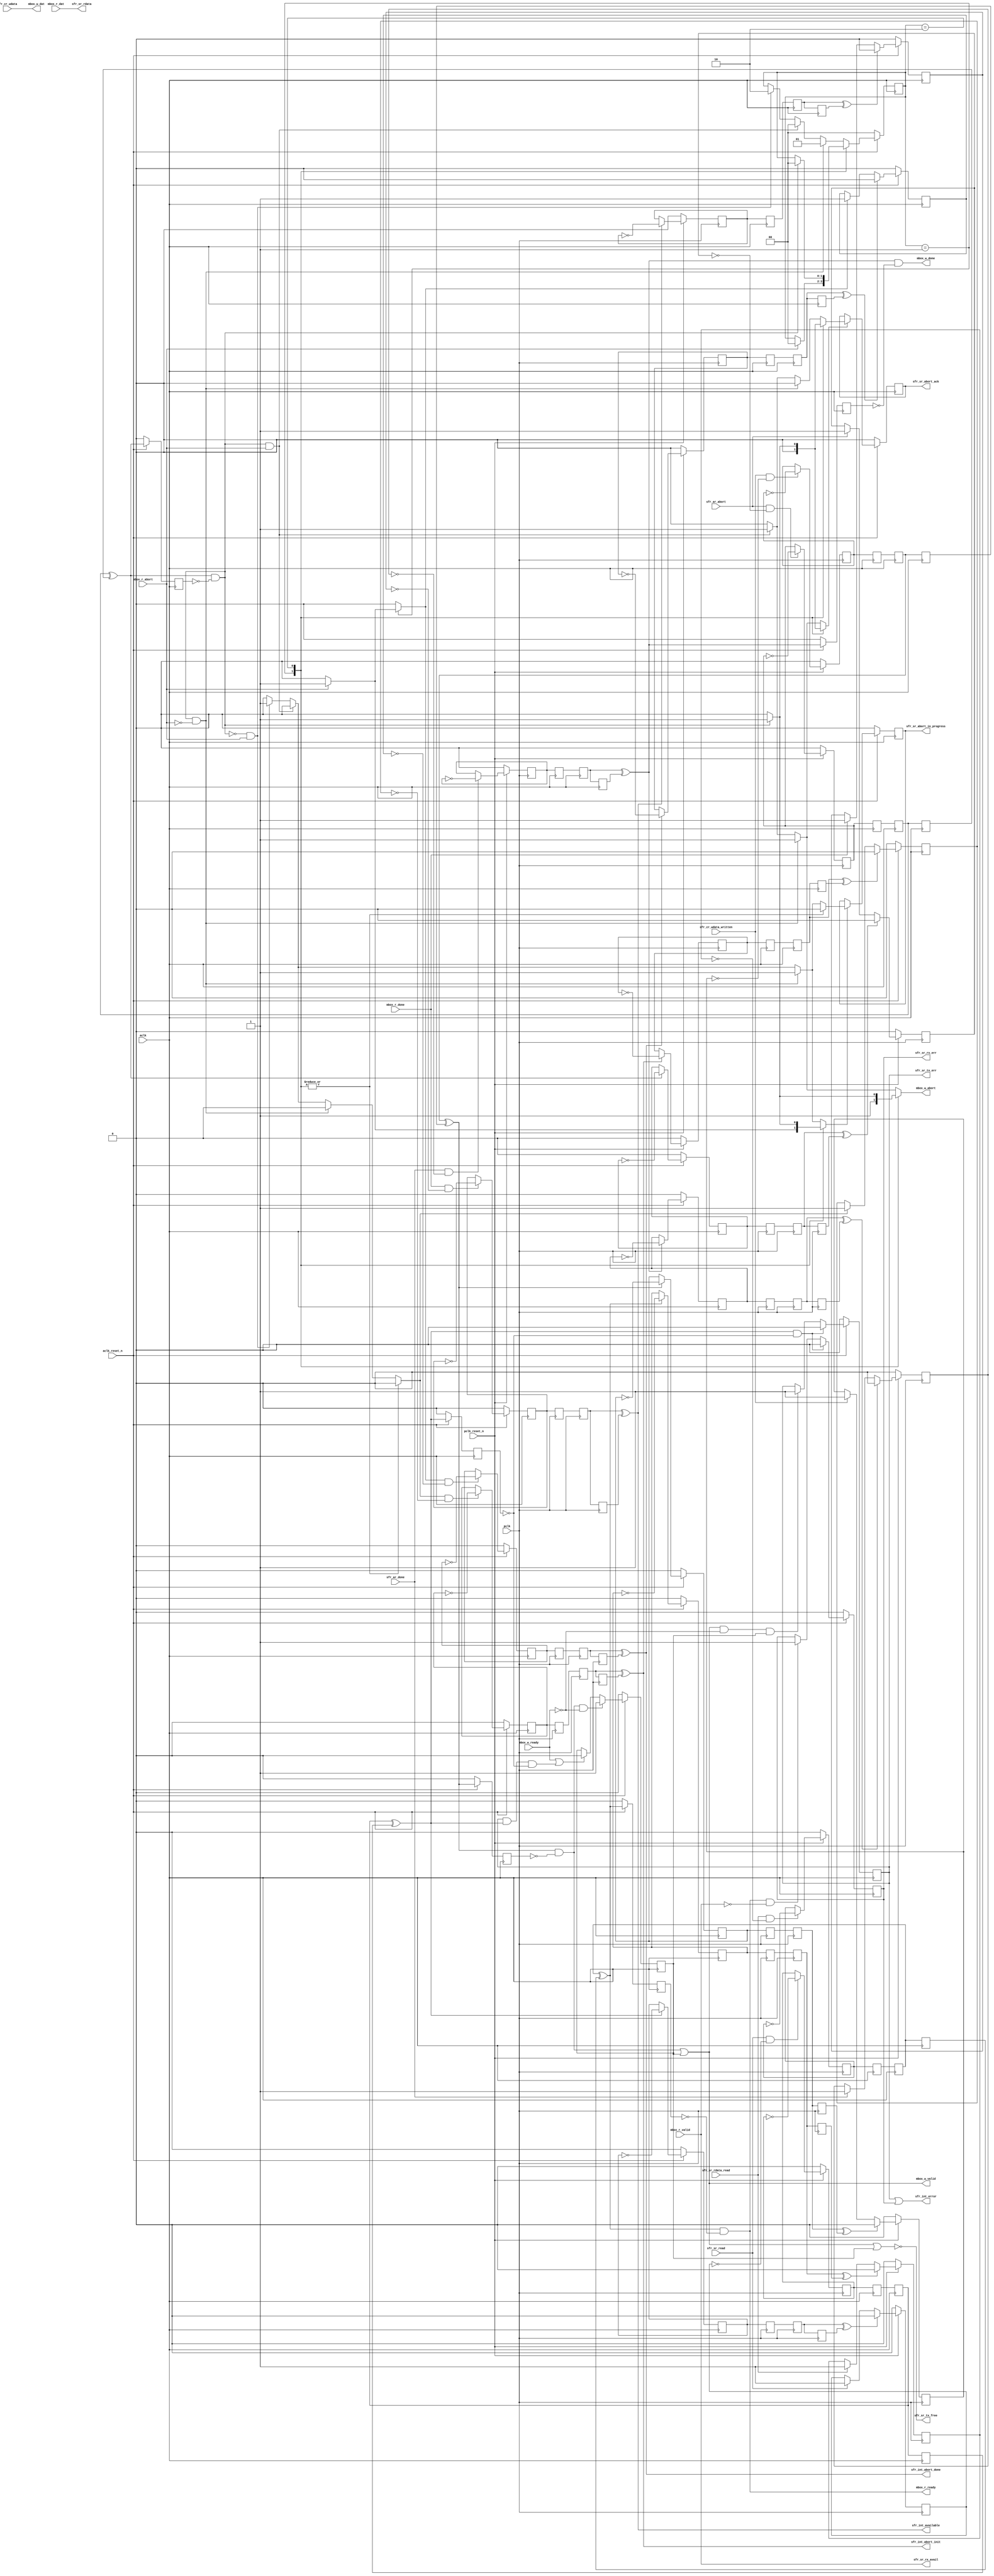
// This program was cloned from: https://github.com/buncram/cram-soc
// License: CERN Open Hardware Licence Version 2 - Weakly Reciprocal

// -----------------------------------------------------------------------------
// Auto-Generated by:        __   _ __      _  __
//                          / /  (_) /____ | |/_/
//                         / /__/ / __/ -_)>  <
//                        /____/_/\__/\__/_/|_|
//                     Build your hardware, easily!
//                   https://github.com/enjoy-digital/litex
//
// Device     : generic
// LiteX sha1 : e08384a2
//------------------------------------------------------------------------------

`timescale 1ns / 1ps

//------------------------------------------------------------------------------
// Module
//------------------------------------------------------------------------------

module mbox_client (
    input  wire          aclk_reset_n,
    input  wire          pclk_reset_n,
    input  wire          aclk,
    input  wire          pclk,
    output wire   [31:0] mbox_w_dat,
    output wire          mbox_w_valid,
    input  wire          mbox_w_ready,
    output wire          mbox_w_done,
    input  wire   [31:0] mbox_r_dat,
    input  wire          mbox_r_valid,
    output wire          mbox_r_ready,
    input  wire          mbox_r_done,
    output reg           mbox_w_abort,
    input  wire          mbox_r_abort,
    input  wire   [31:0] sfr_cr_wdata,
    input  wire          sfr_cr_wdata_written,
    output wire   [31:0] sfr_sr_rdata,
    input  wire          sfr_sr_rdata_read,
    output wire          sfr_int_available,
    output wire          sfr_int_abort_init,
    output wire          sfr_int_abort_done,
    output wire          sfr_int_error,
    input  wire          sfr_sr_read,
    output wire          sfr_sr_rx_avail,
    output wire          sfr_sr_tx_free,
    output wire          sfr_sr_abort_in_progress,
    output wire          sfr_sr_abort_ack,
    output reg           sfr_sr_rx_err,
    output reg           sfr_sr_tx_err,
    input  wire          sfr_ar_abort,
    input  wire          sfr_ar_done
);


//------------------------------------------------------------------------------
// Signals
//------------------------------------------------------------------------------

wire          sys_clk;
wire          sys_rst;
wire          pclk_clk;
wire          pclk_rst;
wire          cr_wdata_written_aclk;
wire          sr_rdata_read_aclk;
wire          sr_read_aclk;
wire          ar_abort_aclk;
wire          ar_done_aclk;
wire          int_available_aclk;
reg           int_abort_init_aclk;
reg           int_abort_done_aclk;
wire          wdata_sync_i;
wire          wdata_sync_o;
wire          wdata_sync_ps_i;
wire          wdata_sync_ps_o;
reg           wdata_sync_ps_toggle_i;
wire          wdata_sync_ps_toggle_o;
reg           wdata_sync_ps_toggle_o_r;
wire          wdata_sync_ps_ack_i;
wire          wdata_sync_ps_ack_o;
reg           wdata_sync_ps_ack_toggle_i;
wire          wdata_sync_ps_ack_toggle_o;
reg           wdata_sync_ps_ack_toggle_o_r;
reg           wdata_sync_blind;
wire          rdata_sync_i;
wire          rdata_sync_o;
wire          rdata_sync_ps_i;
wire          rdata_sync_ps_o;
reg           rdata_sync_ps_toggle_i;
wire          rdata_sync_ps_toggle_o;
reg           rdata_sync_ps_toggle_o_r;
wire          rdata_sync_ps_ack_i;
wire          rdata_sync_ps_ack_o;
reg           rdata_sync_ps_ack_toggle_i;
wire          rdata_sync_ps_ack_toggle_o;
reg           rdata_sync_ps_ack_toggle_o_r;
reg           rdata_sync_blind;
wire          read_sync_i;
wire          read_sync_o;
wire          read_sync_ps_i;
wire          read_sync_ps_o;
reg           read_sync_ps_toggle_i;
wire          read_sync_ps_toggle_o;
reg           read_sync_ps_toggle_o_r;
wire          read_sync_ps_ack_i;
wire          read_sync_ps_ack_o;
reg           read_sync_ps_ack_toggle_i;
wire          read_sync_ps_ack_toggle_o;
reg           read_sync_ps_ack_toggle_o_r;
reg           read_sync_blind;
wire          abort_sync_i;
wire          abort_sync_o;
wire          abort_sync_ps_i;
wire          abort_sync_ps_o;
reg           abort_sync_ps_toggle_i;
wire          abort_sync_ps_toggle_o;
reg           abort_sync_ps_toggle_o_r;
wire          abort_sync_ps_ack_i;
wire          abort_sync_ps_ack_o;
reg           abort_sync_ps_ack_toggle_i;
wire          abort_sync_ps_ack_toggle_o;
reg           abort_sync_ps_ack_toggle_o_r;
reg           abort_sync_blind;
wire          done_sync_i;
wire          done_sync_o;
wire          done_sync_ps_i;
wire          done_sync_ps_o;
reg           done_sync_ps_toggle_i;
wire          done_sync_ps_toggle_o;
reg           done_sync_ps_toggle_o_r;
wire          done_sync_ps_ack_i;
wire          done_sync_ps_ack_o;
reg           done_sync_ps_ack_toggle_i;
wire          done_sync_ps_ack_toggle_o;
reg           done_sync_ps_ack_toggle_o_r;
reg           done_sync_blind;
wire          int_available_sync_i;
wire          int_available_sync_o;
wire          int_available_sync_ps_i;
wire          int_available_sync_ps_o;
reg           int_available_sync_ps_toggle_i;
wire          int_available_sync_ps_toggle_o;
reg           int_available_sync_ps_toggle_o_r;
wire          int_available_sync_ps_ack_i;
wire          int_available_sync_ps_ack_o;
reg           int_available_sync_ps_ack_toggle_i;
wire          int_available_sync_ps_ack_toggle_o;
reg           int_available_sync_ps_ack_toggle_o_r;
reg           int_available_sync_blind;
wire          int_abort_init_sync_i;
wire          int_abort_init_sync_o;
wire          int_abort_init_sync_ps_i;
wire          int_abort_init_sync_ps_o;
reg           int_abort_init_sync_ps_toggle_i;
wire          int_abort_init_sync_ps_toggle_o;
reg           int_abort_init_sync_ps_toggle_o_r;
wire          int_abort_init_sync_ps_ack_i;
wire          int_abort_init_sync_ps_ack_o;
reg           int_abort_init_sync_ps_ack_toggle_i;
wire          int_abort_init_sync_ps_ack_toggle_o;
reg           int_abort_init_sync_ps_ack_toggle_o_r;
reg           int_abort_init_sync_blind;
wire          int_abort_done_sync_i;
wire          int_abort_done_sync_o;
wire          int_abort_done_sync_ps_i;
wire          int_abort_done_sync_ps_o;
reg           int_abort_done_sync_ps_toggle_i;
wire          int_abort_done_sync_ps_toggle_o;
reg           int_abort_done_sync_ps_toggle_o_r;
wire          int_abort_done_sync_ps_ack_i;
wire          int_abort_done_sync_ps_ack_o;
reg           int_abort_done_sync_ps_ack_toggle_i;
wire          int_abort_done_sync_ps_ack_toggle_o;
reg           int_abort_done_sync_ps_ack_toggle_o_r;
reg           int_abort_done_sync_blind;
reg           abort_in_progress;
reg           abort_ack;
reg           w_pending;
reg           w_valid_r;
reg           ar_done_r;
reg           ar_abort_r;
reg           sr_read_r;
reg           rdata_read_r;
reg     [1:0] state;
reg     [1:0] next_state;
reg           abort_ack_next_value0;
reg           abort_ack_next_value_ce0;
reg           abort_in_progress_next_value1;
reg           abort_in_progress_next_value_ce1;
reg           multiregimpl0_regs0;
reg           multiregimpl0_regs1;
reg           multiregimpl1_regs0;
reg           multiregimpl1_regs1;
reg           multiregimpl2_regs0;
reg           multiregimpl2_regs1;
reg           multiregimpl3_regs0;
reg           multiregimpl3_regs1;
reg           multiregimpl4_regs0;
reg           multiregimpl4_regs1;
reg           multiregimpl5_regs0;
reg           multiregimpl5_regs1;
reg           multiregimpl6_regs0;
reg           multiregimpl6_regs1;
reg           multiregimpl7_regs0;
reg           multiregimpl7_regs1;
reg           multiregimpl8_regs0;
reg           multiregimpl8_regs1;
reg           multiregimpl9_regs0;
reg           multiregimpl9_regs1;
reg           multiregimpl10_regs0;
reg           multiregimpl10_regs1;
reg           multiregimpl11_regs0;
reg           multiregimpl11_regs1;
reg           multiregimpl12_regs0;
reg           multiregimpl12_regs1;
reg           multiregimpl13_regs0;
reg           multiregimpl13_regs1;
reg           multiregimpl14_regs0;
reg           multiregimpl14_regs1;
reg           multiregimpl15_regs0;
reg           multiregimpl15_regs1;

//------------------------------------------------------------------------------
// Combinatorial Logic
//------------------------------------------------------------------------------

assign sys_clk = aclk;
assign sys_rst = (~aclk_reset_n);
assign pclk_clk = pclk;
assign pclk_rst = (~pclk_reset_n);
assign wdata_sync_i = sfr_cr_wdata_written;
assign cr_wdata_written_aclk = wdata_sync_o;
assign rdata_sync_i = sfr_sr_rdata_read;
assign sr_rdata_read_aclk = rdata_sync_o;
assign read_sync_i = sfr_sr_read;
assign sr_read_aclk = read_sync_o;
assign abort_sync_i = sfr_ar_abort;
assign ar_abort_aclk = abort_sync_o;
assign done_sync_i = sfr_ar_done;
assign ar_done_aclk = done_sync_o;
assign sfr_int_available = int_available_sync_o;
assign int_available_sync_i = int_available_aclk;
assign sfr_int_abort_init = int_abort_init_sync_o;
assign int_abort_init_sync_i = int_abort_init_aclk;
assign sfr_int_abort_done = int_abort_done_sync_o;
assign int_abort_done_sync_i = int_abort_done_aclk;
assign sfr_int_error = (sfr_sr_tx_err | sfr_sr_rx_err);
assign mbox_w_dat = sfr_cr_wdata;
assign mbox_w_valid = ((cr_wdata_written_aclk & (~w_valid_r)) | w_pending);
assign mbox_w_done = (ar_done_aclk & (~ar_done_r));
assign sfr_sr_tx_free = (~(mbox_w_valid | w_pending));
assign sfr_sr_rdata = mbox_r_dat;
assign mbox_r_ready = (sr_rdata_read_aclk & (~rdata_read_r));
assign int_available_aclk = mbox_r_done;
assign sfr_sr_rx_avail = mbox_r_valid;
assign sfr_sr_abort_in_progress = abort_in_progress;
assign sfr_sr_abort_ack = abort_ack;
assign wdata_sync_ps_i = (wdata_sync_i & (~wdata_sync_blind));
assign wdata_sync_ps_ack_i = wdata_sync_ps_o;
assign wdata_sync_o = wdata_sync_ps_o;
assign wdata_sync_ps_o = (wdata_sync_ps_toggle_o ^ wdata_sync_ps_toggle_o_r);
assign wdata_sync_ps_ack_o = (wdata_sync_ps_ack_toggle_o ^ wdata_sync_ps_ack_toggle_o_r);
assign rdata_sync_ps_i = (rdata_sync_i & (~rdata_sync_blind));
assign rdata_sync_ps_ack_i = rdata_sync_ps_o;
assign rdata_sync_o = rdata_sync_ps_o;
assign rdata_sync_ps_o = (rdata_sync_ps_toggle_o ^ rdata_sync_ps_toggle_o_r);
assign rdata_sync_ps_ack_o = (rdata_sync_ps_ack_toggle_o ^ rdata_sync_ps_ack_toggle_o_r);
assign read_sync_ps_i = (read_sync_i & (~read_sync_blind));
assign read_sync_ps_ack_i = read_sync_ps_o;
assign read_sync_o = read_sync_ps_o;
assign read_sync_ps_o = (read_sync_ps_toggle_o ^ read_sync_ps_toggle_o_r);
assign read_sync_ps_ack_o = (read_sync_ps_ack_toggle_o ^ read_sync_ps_ack_toggle_o_r);
assign abort_sync_ps_i = (abort_sync_i & (~abort_sync_blind));
assign abort_sync_ps_ack_i = abort_sync_ps_o;
assign abort_sync_o = abort_sync_ps_o;
assign abort_sync_ps_o = (abort_sync_ps_toggle_o ^ abort_sync_ps_toggle_o_r);
assign abort_sync_ps_ack_o = (abort_sync_ps_ack_toggle_o ^ abort_sync_ps_ack_toggle_o_r);
assign done_sync_ps_i = (done_sync_i & (~done_sync_blind));
assign done_sync_ps_ack_i = done_sync_ps_o;
assign done_sync_o = done_sync_ps_o;
assign done_sync_ps_o = (done_sync_ps_toggle_o ^ done_sync_ps_toggle_o_r);
assign done_sync_ps_ack_o = (done_sync_ps_ack_toggle_o ^ done_sync_ps_ack_toggle_o_r);
assign int_available_sync_ps_i = (int_available_sync_i & (~int_available_sync_blind));
assign int_available_sync_ps_ack_i = int_available_sync_ps_o;
assign int_available_sync_o = int_available_sync_ps_o;
assign int_available_sync_ps_o = (int_available_sync_ps_toggle_o ^ int_available_sync_ps_toggle_o_r);
assign int_available_sync_ps_ack_o = (int_available_sync_ps_ack_toggle_o ^ int_available_sync_ps_ack_toggle_o_r);
assign int_abort_init_sync_ps_i = (int_abort_init_sync_i & (~int_abort_init_sync_blind));
assign int_abort_init_sync_ps_ack_i = int_abort_init_sync_ps_o;
assign int_abort_init_sync_o = int_abort_init_sync_ps_o;
assign int_abort_init_sync_ps_o = (int_abort_init_sync_ps_toggle_o ^ int_abort_init_sync_ps_toggle_o_r);
assign int_abort_init_sync_ps_ack_o = (int_abort_init_sync_ps_ack_toggle_o ^ int_abort_init_sync_ps_ack_toggle_o_r);
assign int_abort_done_sync_ps_i = (int_abort_done_sync_i & (~int_abort_done_sync_blind));
assign int_abort_done_sync_ps_ack_i = int_abort_done_sync_ps_o;
assign int_abort_done_sync_o = int_abort_done_sync_ps_o;
assign int_abort_done_sync_ps_o = (int_abort_done_sync_ps_toggle_o ^ int_abort_done_sync_ps_toggle_o_r);
assign int_abort_done_sync_ps_ack_o = (int_abort_done_sync_ps_ack_toggle_o ^ int_abort_done_sync_ps_ack_toggle_o_r);
always @(*) begin
    next_state <= 2'd0;
    mbox_w_abort <= 1'd0;
    abort_ack_next_value0 <= 1'd0;
    abort_ack_next_value_ce0 <= 1'd0;
    abort_in_progress_next_value1 <= 1'd0;
    abort_in_progress_next_value_ce1 <= 1'd0;
    int_abort_init_aclk <= 1'd0;
    int_abort_done_aclk <= 1'd0;
    next_state <= state;
    case (state)
        1'd1: begin
            if (mbox_r_abort) begin
                next_state <= 1'd0;
                abort_in_progress_next_value1 <= 1'd0;
                abort_in_progress_next_value_ce1 <= 1'd1;
                int_abort_done_aclk <= 1'd1;
            end
            mbox_w_abort <= 1'd1;
        end
        2'd2: begin
            if ((ar_abort_aclk & (~ar_abort_r))) begin
                next_state <= 1'd0;
                abort_in_progress_next_value1 <= 1'd0;
                abort_in_progress_next_value_ce1 <= 1'd1;
                abort_ack_next_value0 <= 1'd1;
                abort_ack_next_value_ce0 <= 1'd1;
                mbox_w_abort <= 1'd1;
            end else begin
                mbox_w_abort <= 1'd0;
            end
        end
        default: begin
            if (((ar_abort_aclk & (~ar_abort_r)) & (~mbox_r_abort))) begin
                next_state <= 1'd1;
                abort_ack_next_value0 <= 1'd0;
                abort_ack_next_value_ce0 <= 1'd1;
                abort_in_progress_next_value1 <= 1'd1;
                abort_in_progress_next_value_ce1 <= 1'd1;
                mbox_w_abort <= 1'd1;
            end else begin
                if (((ar_abort_aclk & (~ar_abort_r)) & mbox_r_abort)) begin
                    next_state <= 1'd0;
                    abort_ack_next_value0 <= 1'd1;
                    abort_ack_next_value_ce0 <= 1'd1;
                    mbox_w_abort <= 1'd1;
                end else begin
                    if (((~(ar_abort_aclk & (~ar_abort_r))) & mbox_r_abort)) begin
                        next_state <= 2'd2;
                        abort_in_progress_next_value1 <= 1'd1;
                        abort_in_progress_next_value_ce1 <= 1'd1;
                        int_abort_init_aclk <= 1'd1;
                        mbox_w_abort <= 1'd0;
                    end else begin
                        mbox_w_abort <= 1'd0;
                    end
                end
            end
        end
    endcase
end
assign wdata_sync_ps_toggle_o = multiregimpl0_regs1;
assign wdata_sync_ps_ack_toggle_o = multiregimpl1_regs1;
assign rdata_sync_ps_toggle_o = multiregimpl2_regs1;
assign rdata_sync_ps_ack_toggle_o = multiregimpl3_regs1;
assign read_sync_ps_toggle_o = multiregimpl4_regs1;
assign read_sync_ps_ack_toggle_o = multiregimpl5_regs1;
assign abort_sync_ps_toggle_o = multiregimpl6_regs1;
assign abort_sync_ps_ack_toggle_o = multiregimpl7_regs1;
assign done_sync_ps_toggle_o = multiregimpl8_regs1;
assign done_sync_ps_ack_toggle_o = multiregimpl9_regs1;
assign int_available_sync_ps_toggle_o = multiregimpl10_regs1;
assign int_available_sync_ps_ack_toggle_o = multiregimpl11_regs1;
assign int_abort_init_sync_ps_toggle_o = multiregimpl12_regs1;
assign int_abort_init_sync_ps_ack_toggle_o = multiregimpl13_regs1;
assign int_abort_done_sync_ps_toggle_o = multiregimpl14_regs1;
assign int_abort_done_sync_ps_ack_toggle_o = multiregimpl15_regs1;


//------------------------------------------------------------------------------
// Synchronous Logic
//------------------------------------------------------------------------------

always @(posedge pclk_clk) begin
    if (wdata_sync_i) begin
        wdata_sync_blind <= 1'd1;
    end
    if (wdata_sync_ps_ack_o) begin
        wdata_sync_blind <= 1'd0;
    end
    if (wdata_sync_ps_i) begin
        wdata_sync_ps_toggle_i <= (~wdata_sync_ps_toggle_i);
    end
    wdata_sync_ps_ack_toggle_o_r <= wdata_sync_ps_ack_toggle_o;
    if (rdata_sync_i) begin
        rdata_sync_blind <= 1'd1;
    end
    if (rdata_sync_ps_ack_o) begin
        rdata_sync_blind <= 1'd0;
    end
    if (rdata_sync_ps_i) begin
        rdata_sync_ps_toggle_i <= (~rdata_sync_ps_toggle_i);
    end
    rdata_sync_ps_ack_toggle_o_r <= rdata_sync_ps_ack_toggle_o;
    if (read_sync_i) begin
        read_sync_blind <= 1'd1;
    end
    if (read_sync_ps_ack_o) begin
        read_sync_blind <= 1'd0;
    end
    if (read_sync_ps_i) begin
        read_sync_ps_toggle_i <= (~read_sync_ps_toggle_i);
    end
    read_sync_ps_ack_toggle_o_r <= read_sync_ps_ack_toggle_o;
    if (abort_sync_i) begin
        abort_sync_blind <= 1'd1;
    end
    if (abort_sync_ps_ack_o) begin
        abort_sync_blind <= 1'd0;
    end
    if (abort_sync_ps_i) begin
        abort_sync_ps_toggle_i <= (~abort_sync_ps_toggle_i);
    end
    abort_sync_ps_ack_toggle_o_r <= abort_sync_ps_ack_toggle_o;
    if (done_sync_i) begin
        done_sync_blind <= 1'd1;
    end
    if (done_sync_ps_ack_o) begin
        done_sync_blind <= 1'd0;
    end
    if (done_sync_ps_i) begin
        done_sync_ps_toggle_i <= (~done_sync_ps_toggle_i);
    end
    done_sync_ps_ack_toggle_o_r <= done_sync_ps_ack_toggle_o;
    int_available_sync_ps_toggle_o_r <= int_available_sync_ps_toggle_o;
    if (int_available_sync_ps_ack_i) begin
        int_available_sync_ps_ack_toggle_i <= (~int_available_sync_ps_ack_toggle_i);
    end
    int_abort_init_sync_ps_toggle_o_r <= int_abort_init_sync_ps_toggle_o;
    if (int_abort_init_sync_ps_ack_i) begin
        int_abort_init_sync_ps_ack_toggle_i <= (~int_abort_init_sync_ps_ack_toggle_i);
    end
    int_abort_done_sync_ps_toggle_o_r <= int_abort_done_sync_ps_toggle_o;
    if (int_abort_done_sync_ps_ack_i) begin
        int_abort_done_sync_ps_ack_toggle_i <= (~int_abort_done_sync_ps_ack_toggle_i);
    end
    if (pclk_rst) begin
        wdata_sync_ps_toggle_i <= 1'd0;
        wdata_sync_blind <= 1'd0;
        rdata_sync_ps_toggle_i <= 1'd0;
        rdata_sync_blind <= 1'd0;
        read_sync_ps_toggle_i <= 1'd0;
        read_sync_blind <= 1'd0;
        abort_sync_ps_toggle_i <= 1'd0;
        abort_sync_blind <= 1'd0;
        done_sync_ps_toggle_i <= 1'd0;
        done_sync_blind <= 1'd0;
        int_available_sync_ps_ack_toggle_i <= 1'd0;
        int_abort_init_sync_ps_ack_toggle_i <= 1'd0;
        int_abort_done_sync_ps_ack_toggle_i <= 1'd0;
    end
    multiregimpl1_regs0 <= wdata_sync_ps_ack_toggle_i;
    multiregimpl1_regs1 <= multiregimpl1_regs0;
    multiregimpl3_regs0 <= rdata_sync_ps_ack_toggle_i;
    multiregimpl3_regs1 <= multiregimpl3_regs0;
    multiregimpl5_regs0 <= read_sync_ps_ack_toggle_i;
    multiregimpl5_regs1 <= multiregimpl5_regs0;
    multiregimpl7_regs0 <= abort_sync_ps_ack_toggle_i;
    multiregimpl7_regs1 <= multiregimpl7_regs0;
    multiregimpl9_regs0 <= done_sync_ps_ack_toggle_i;
    multiregimpl9_regs1 <= multiregimpl9_regs0;
    multiregimpl10_regs0 <= int_available_sync_ps_toggle_i;
    multiregimpl10_regs1 <= multiregimpl10_regs0;
    multiregimpl12_regs0 <= int_abort_init_sync_ps_toggle_i;
    multiregimpl12_regs1 <= multiregimpl12_regs0;
    multiregimpl14_regs0 <= int_abort_done_sync_ps_toggle_i;
    multiregimpl14_regs1 <= multiregimpl14_regs0;
end

always @(posedge sys_clk) begin
    w_valid_r <= cr_wdata_written_aclk;
    ar_done_r <= ar_done_aclk;
    ar_abort_r <= ar_abort_aclk;
    if (((cr_wdata_written_aclk & (~w_valid_r)) & (~mbox_w_ready))) begin
        w_pending <= 1'd1;
    end else begin
        if ((mbox_w_ready | ((sfr_sr_tx_err & sr_read_aclk) & (~sr_read_r)))) begin
            w_pending <= 1'd0;
        end else begin
            w_pending <= w_pending;
        end
    end
    sr_read_r <= sr_read_aclk;
    if ((sr_read_aclk & (~sr_read_r))) begin
        sfr_sr_tx_err <= 1'd0;
    end else begin
        if (((mbox_w_valid & (~mbox_w_ready)) & w_pending)) begin
            sfr_sr_tx_err <= 1'd1;
        end else begin
            sfr_sr_tx_err <= sfr_sr_tx_err;
        end
    end
    rdata_read_r <= sr_rdata_read_aclk;
    if ((sr_read_aclk & (~sr_read_r))) begin
        sfr_sr_rx_err <= 1'd0;
    end else begin
        if ((mbox_r_ready & (~mbox_r_valid))) begin
            sfr_sr_rx_err <= 1'd1;
        end else begin
            sfr_sr_rx_err <= sfr_sr_rx_err;
        end
    end
    wdata_sync_ps_toggle_o_r <= wdata_sync_ps_toggle_o;
    if (wdata_sync_ps_ack_i) begin
        wdata_sync_ps_ack_toggle_i <= (~wdata_sync_ps_ack_toggle_i);
    end
    rdata_sync_ps_toggle_o_r <= rdata_sync_ps_toggle_o;
    if (rdata_sync_ps_ack_i) begin
        rdata_sync_ps_ack_toggle_i <= (~rdata_sync_ps_ack_toggle_i);
    end
    read_sync_ps_toggle_o_r <= read_sync_ps_toggle_o;
    if (read_sync_ps_ack_i) begin
        read_sync_ps_ack_toggle_i <= (~read_sync_ps_ack_toggle_i);
    end
    abort_sync_ps_toggle_o_r <= abort_sync_ps_toggle_o;
    if (abort_sync_ps_ack_i) begin
        abort_sync_ps_ack_toggle_i <= (~abort_sync_ps_ack_toggle_i);
    end
    done_sync_ps_toggle_o_r <= done_sync_ps_toggle_o;
    if (done_sync_ps_ack_i) begin
        done_sync_ps_ack_toggle_i <= (~done_sync_ps_ack_toggle_i);
    end
    if (int_available_sync_i) begin
        int_available_sync_blind <= 1'd1;
    end
    if (int_available_sync_ps_ack_o) begin
        int_available_sync_blind <= 1'd0;
    end
    if (int_available_sync_ps_i) begin
        int_available_sync_ps_toggle_i <= (~int_available_sync_ps_toggle_i);
    end
    int_available_sync_ps_ack_toggle_o_r <= int_available_sync_ps_ack_toggle_o;
    if (int_abort_init_sync_i) begin
        int_abort_init_sync_blind <= 1'd1;
    end
    if (int_abort_init_sync_ps_ack_o) begin
        int_abort_init_sync_blind <= 1'd0;
    end
    if (int_abort_init_sync_ps_i) begin
        int_abort_init_sync_ps_toggle_i <= (~int_abort_init_sync_ps_toggle_i);
    end
    int_abort_init_sync_ps_ack_toggle_o_r <= int_abort_init_sync_ps_ack_toggle_o;
    if (int_abort_done_sync_i) begin
        int_abort_done_sync_blind <= 1'd1;
    end
    if (int_abort_done_sync_ps_ack_o) begin
        int_abort_done_sync_blind <= 1'd0;
    end
    if (int_abort_done_sync_ps_i) begin
        int_abort_done_sync_ps_toggle_i <= (~int_abort_done_sync_ps_toggle_i);
    end
    int_abort_done_sync_ps_ack_toggle_o_r <= int_abort_done_sync_ps_ack_toggle_o;
    state <= next_state;
    if (abort_ack_next_value_ce0) begin
        abort_ack <= abort_ack_next_value0;
    end
    if (abort_in_progress_next_value_ce1) begin
        abort_in_progress <= abort_in_progress_next_value1;
    end
    if (sys_rst) begin
        sfr_sr_rx_err <= 1'd0;
        sfr_sr_tx_err <= 1'd0;
        wdata_sync_ps_ack_toggle_i <= 1'd0;
        rdata_sync_ps_ack_toggle_i <= 1'd0;
        read_sync_ps_ack_toggle_i <= 1'd0;
        abort_sync_ps_ack_toggle_i <= 1'd0;
        done_sync_ps_ack_toggle_i <= 1'd0;
        int_available_sync_ps_toggle_i <= 1'd0;
        int_available_sync_blind <= 1'd0;
        int_abort_init_sync_ps_toggle_i <= 1'd0;
        int_abort_init_sync_blind <= 1'd0;
        int_abort_done_sync_ps_toggle_i <= 1'd0;
        int_abort_done_sync_blind <= 1'd0;
        abort_in_progress <= 1'd0;
        abort_ack <= 1'd0;
        w_pending <= 1'd0;
        w_valid_r <= 1'd0;
        ar_done_r <= 1'd0;
        ar_abort_r <= 1'd0;
        sr_read_r <= 1'd0;
        rdata_read_r <= 1'd0;
        state <= 2'd0;
    end
    multiregimpl0_regs0 <= wdata_sync_ps_toggle_i;
    multiregimpl0_regs1 <= multiregimpl0_regs0;
    multiregimpl2_regs0 <= rdata_sync_ps_toggle_i;
    multiregimpl2_regs1 <= multiregimpl2_regs0;
    multiregimpl4_regs0 <= read_sync_ps_toggle_i;
    multiregimpl4_regs1 <= multiregimpl4_regs0;
    multiregimpl6_regs0 <= abort_sync_ps_toggle_i;
    multiregimpl6_regs1 <= multiregimpl6_regs0;
    multiregimpl8_regs0 <= done_sync_ps_toggle_i;
    multiregimpl8_regs1 <= multiregimpl8_regs0;
    multiregimpl11_regs0 <= int_available_sync_ps_ack_toggle_i;
    multiregimpl11_regs1 <= multiregimpl11_regs0;
    multiregimpl13_regs0 <= int_abort_init_sync_ps_ack_toggle_i;
    multiregimpl13_regs1 <= multiregimpl13_regs0;
    multiregimpl15_regs0 <= int_abort_done_sync_ps_ack_toggle_i;
    multiregimpl15_regs1 <= multiregimpl15_regs0;
end


//------------------------------------------------------------------------------
// Specialized Logic
//------------------------------------------------------------------------------

endmodule

// -----------------------------------------------------------------------------
//  Auto-Generated by LiteX on 2023-09-13 10:26:26.
//------------------------------------------------------------------------------